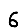
Digit: 6